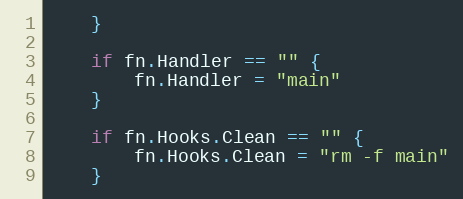
Language: Go
	}

	if fn.Handler == "" {
		fn.Handler = "main"
	}

	if fn.Hooks.Clean == "" {
		fn.Hooks.Clean = "rm -f main"
	}